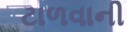
ટાળવાની